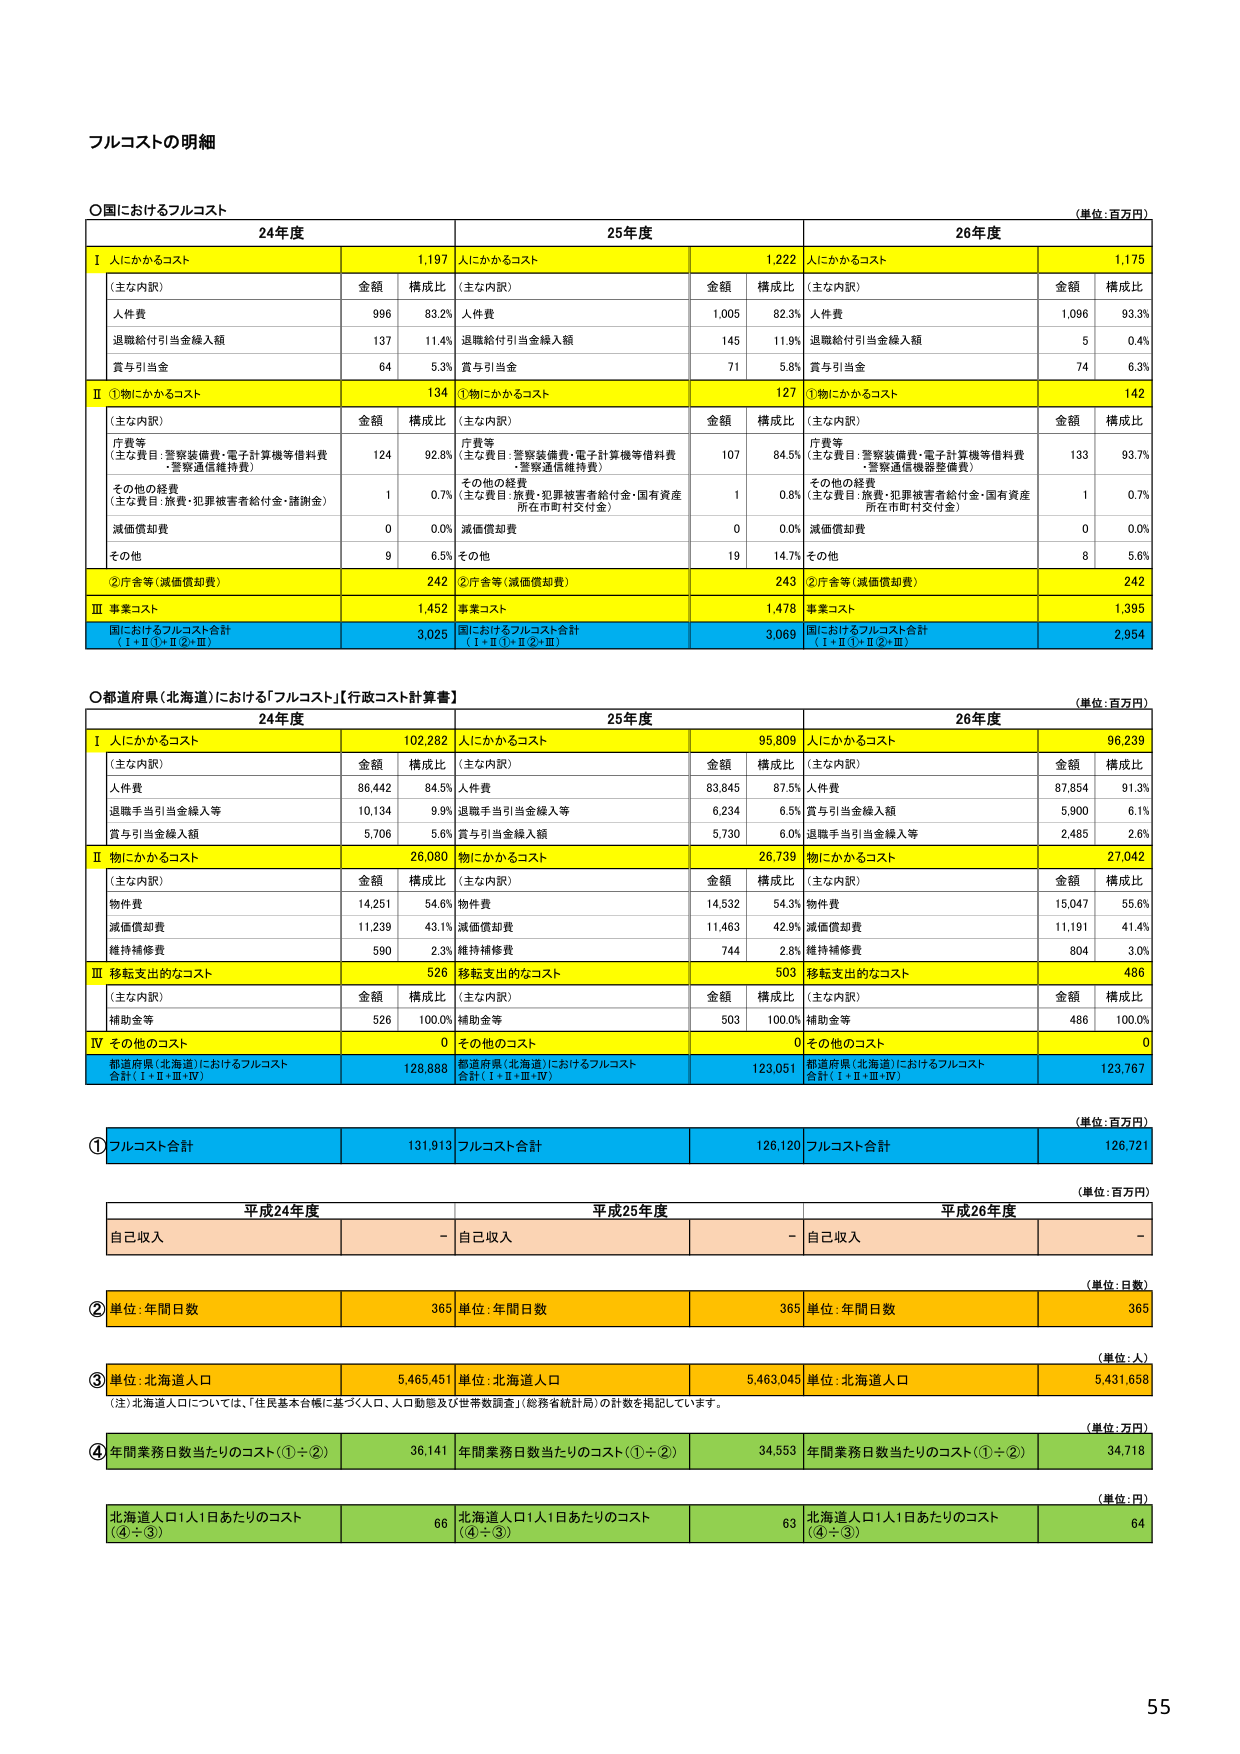
フルコストの明細

○国におけるフルコスト
（単位：百万円）

24年度